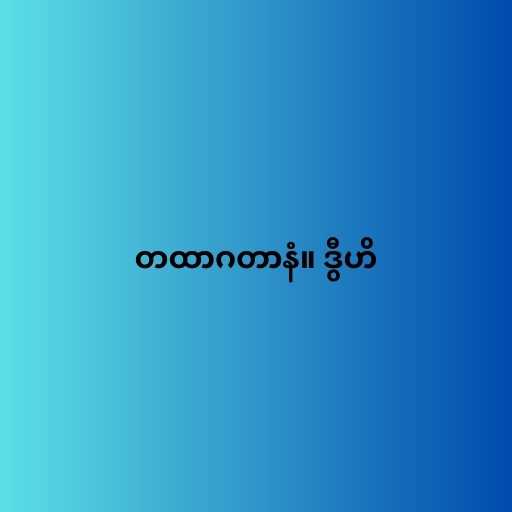
တထာဂတာနံ။ ဒွီဟိ